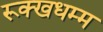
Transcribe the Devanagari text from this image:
रूक्खधम्म